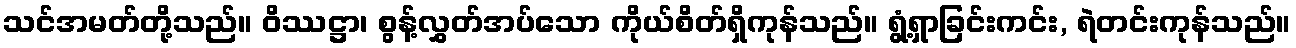
သင်အမတ်တို့သည်။ ဝိဿဋ္ဌာ၊ စွန့်လွှတ်အပ်သော ကိုယ်စိတ်ရှိကုန်သည်။ ရွံ့ရှာခြင်းကင်း, ရဲတင်းကုန်သည်။